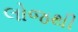
લોજથી